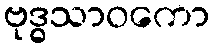
ဗုဒ္ဓသာဝကော